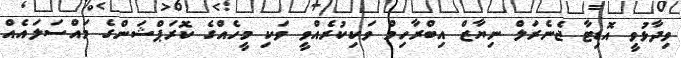
ވިދާޅުވީ އޮޑިޓާ ޖެނެރަލް ނިޔާޒް އިބްރާހިމް ވަކިކުރެއްވީ ވަކި މީހެއްގެ ކޮރަޕްޝަންގެ މައްސަލައެއް